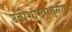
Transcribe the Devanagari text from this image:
उतीशास्त्रानुसार